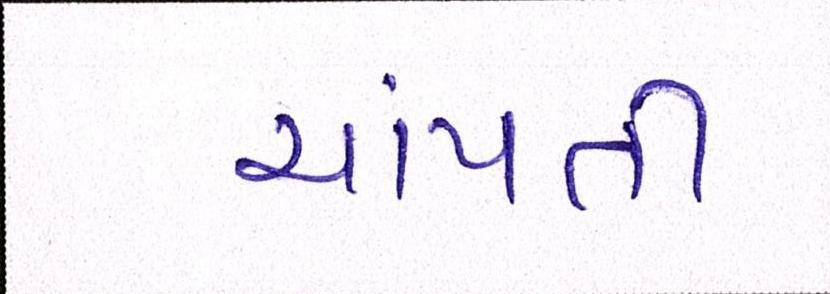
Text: ચાંપતી